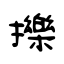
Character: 擽